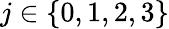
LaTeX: j\in\{ 0,1,2,3\}